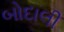
બોદાલી